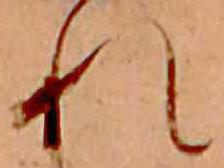
れ